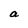
Character: a